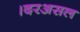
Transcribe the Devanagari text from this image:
।दरअसल